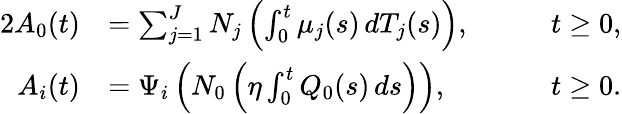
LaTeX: \begin{array}{rlrl}{{2}A_{0}(t)}&{=\sum_{j=1}^{J}N_{j}\left(\int_{0}^{t}\mu_{j}(s)\, dT_{j}(s)\right),\quad}&&{t\ge 0,}\\ {A_{i}(t)}&{=\Psi_{i}\left(N_{0}\left(\eta\int_{0}^{t}Q_{0}(s)\, ds\right)\right),\quad}&&{t\ge 0.}\end{array}